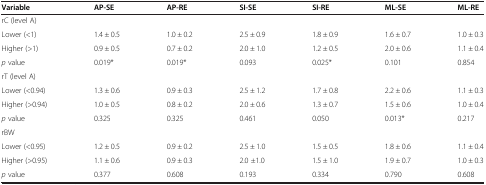
<table><thead><tr><td><b>Variable</b></td><td><b>AP-SE</b></td><td><b>AP-RE</b></td><td><b>SI-SE</b></td><td><b>SI-RE</b></td><td><b>ML-SE</b></td><td><b>ML-RE</b></td></tr></thead><tbody><tr><td>rC (level A)</td><td> </td><td> </td><td> </td><td> </td><td> </td><td> </td></tr><tr><td>Lower (&lt;1)</td><td>1.4 ± 0.5</td><td>1.0 ± 0.2</td><td>2.5 ± 0.9</td><td>1.8 ± 0.9</td><td>1.6 ± 0.7</td><td>1.0 ± 0.3</td></tr><tr><td>Higher (&gt;1)</td><td>0.9 ± 0.5</td><td>0.7 ± 0.2</td><td>2.0 ± 1.0</td><td>1.2 ± 0.5</td><td>2.0 ± 0.6</td><td>1.1 ± 0.4</td></tr><tr><td><i>p</i> value</td><td>0.019*</td><td>0.019*</td><td>0.093</td><td>0.025*</td><td>0.101</td><td>0.854</td></tr><tr><td>rT (level A)</td><td> </td><td> </td><td> </td><td> </td><td> </td><td> </td></tr><tr><td>Lower (&lt;0.94)</td><td>1.3 ± 0.6</td><td>0.9 ± 0.3</td><td>2.5 ± 1.2</td><td>1.7 ± 0.8</td><td>2.2 ± 0.6</td><td>1.1 ± 0.3</td></tr><tr><td>Higher (&gt;0.94)</td><td>1.0 ± 0.5</td><td>0.8 ± 0.2</td><td>2.0 ± 0.6</td><td>1.3 ± 0.7</td><td>1.5 ± 0.6</td><td>1.0 ± 0.4</td></tr><tr><td><i>p</i> value</td><td>0.325</td><td>0.325</td><td>0.461</td><td>0.050</td><td>0.013*</td><td>0.217</td></tr><tr><td>rBW</td><td> </td><td> </td><td> </td><td> </td><td> </td><td> </td></tr><tr><td>Lower (&lt;0.95)</td><td>1.2 ± 0.5</td><td>0.9 ± 0.2</td><td>2.5 ± 1.0</td><td>1.5 ± 0.5</td><td>1.8 ± 0.6</td><td>1.1 ± 0.4</td></tr><tr><td>Higher (&gt;0.95)</td><td>1.1 ± 0.6</td><td>0.9 ± 0.3</td><td>2.0 ±1.0</td><td>1.5 ± 1.0</td><td>1.9 ± 0.7</td><td>1.0 ± 0.3</td></tr><tr><td><i>p</i> value</td><td>0.377</td><td>0.608</td><td>0.193</td><td>0.334</td><td>0.790</td><td>0.608</td></tr></tbody></table>